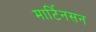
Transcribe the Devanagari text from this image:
मार्टिनसन